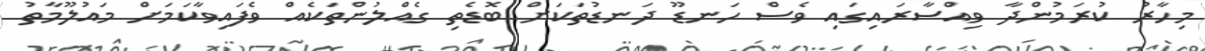
މިހާރު ކުރަމުންދާ ވިއްސާރައިގައި ވެސް ހަނޑޫ ދަނޑުތަކަށް ބޮޑެތި ގެއްލުންތަކެއް ވެފައިވާކަމަށް މައުލޫމާތު